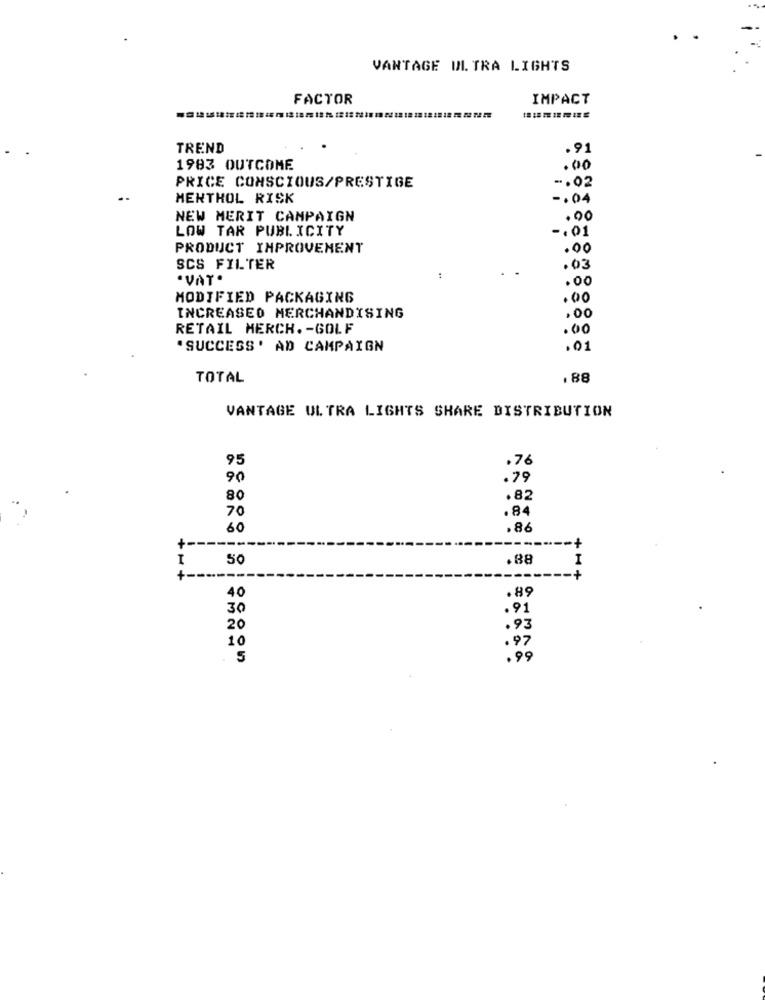
VANTAGE ULTRA LIGHTS
FACTOR
IMPACT
TREND
.91
1983 OUTCOME
.00
-. 02
PRICE CONSCIOUS/PRESTIGE
MENTHOL RISK
-. 04
NEW MERIT CAMPAIGN
. 00
LOW TAR PUBLICITY
-. 01
PRODUCT IMPROVEMENT
.00
SCS FILTER
.03
.VAT.
.00
MODIFIED PACKAGING
.00
INCREASED MERCHANDISING
,00
RETAIL MERCH .- GOLF
.00
"SUCCESS' AD CAMPAIGN
.01
TOTAL
, 88
VANTAGE ULTRA LIGHTS SHARE DISTRIBUTION
95
.76
90
.79
80
.82
70
.84
60
.86
-----
+-
---.
I
50
.88
I
+ --
----
+
.89
40
30
.91
20
.93
10
.97
. 5
. 99